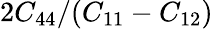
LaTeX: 2C_{44}/(C_{11}-C_{12})